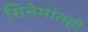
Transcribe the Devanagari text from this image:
सिनेमांतही